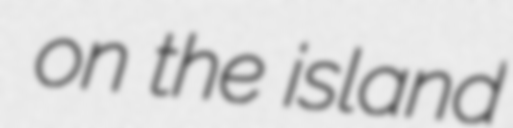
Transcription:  on the island